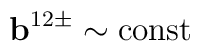
{\bf b}^{12\pm}\sim{\rm const}